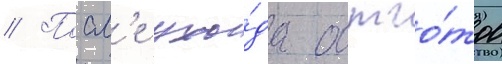
// Посл'е ухо́да остго́тов